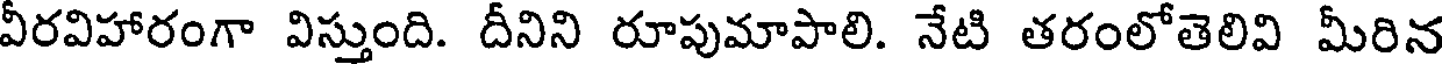
వీరవిహారంగా విస్తుంది. దీనిని రూపుమాపాలి. నేటి తరంలోతెలివి మీరిన